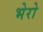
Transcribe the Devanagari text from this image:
भेरो